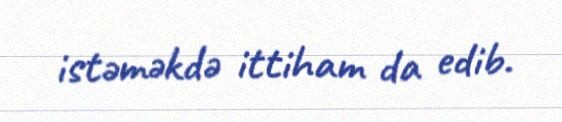
istəməkdə ittiham da edib.